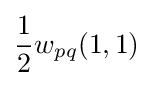
{\frac {1}{2}}w_{pq}(1,1)